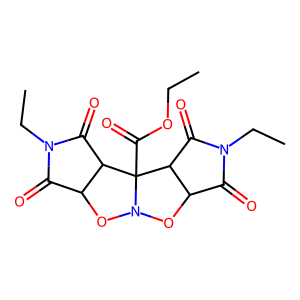
SMILES: CCOC(=O)C12C3C(=O)N(CC)C(=O)C3ON1OC1C(=O)N(CC)C(=O)C12
Inhibits HIV replication: No